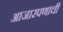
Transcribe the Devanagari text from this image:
आजारपणाची